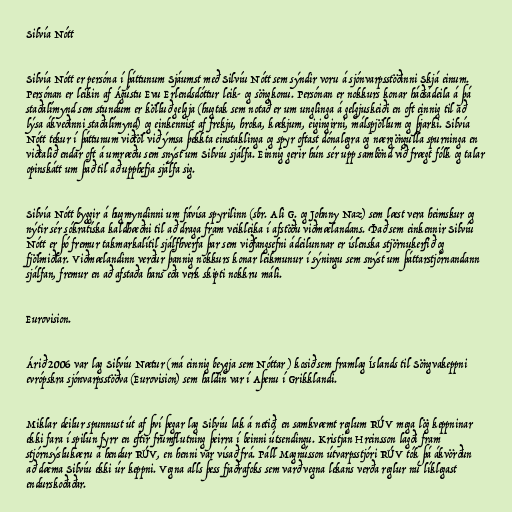
Silvía Nótt

Silvía Nótt er persóna í þáttunum Sjáumst með Silvíu Nótt sem sýndir voru á sjónvarpsstöðinni Skjá einum.
Persónan er leikin af Ágústu Evu Erlendsdóttur leik- og söngkonu. Persónan er nokkurs konar háðsádeila á þá
staðalímynd sem stundum er kölluð gelgja (hugtak sem notað er um unglinga á gelgjuskeiði en oft einnig til að
lýsa ákveðinni staðalímynd) og einkennist af frekju, hroka, kækjum, eigingirni, málspjöllum og þjarki. Silvía
Nótt tekur í þáttunum viðtöl við ýmsa þekkta einstaklinga og spyr oftast dónalegra og nærgöngulla spurninga en
viðtalið endar oft á umræðu sem snýst um Silvíu sjálfa. Einnig gerir hún sér upp sambönd við frægt fólk og talar
opinskátt um það til að upphefja sjálfa sig.

Silvía Nótt byggir á hugmyndinni um fávísa spyrilinn (sbr. Ali G. og Johnny Naz) sem læst vera heimskur og
nýtir sér sókratíska kaldhæðni til að draga fram veikleika í afstöðu viðmælandans. Það sem einkennir Silvíu
Nótt er þó fremur takmarkalítil sjálfhverfa þar sem viðfangsefni ádeilunnar er íslenska stjörnukerfið og
fjölmiðlar. Viðmælandinn verður þannig nokkurs konar leikmunur í sýningu sem snýst um þáttarstjórnandann
sjálfan, fremur en að afstaða hans eða verk skipti nokkru máli.

Eurovision.

Árið 2006 var lag Silvíu Nætur (má einnig beygja sem Nóttar ) kosið sem framlag Íslands til Söngvakeppni
evrópskra sjónvarpsstöðva (Eurovision) sem haldin var í Aþenu í Grikklandi.

Miklar deilur spunnust út af því þegar lag Silvíu lak á netið, en samkvæmt reglum RÚV mega lög keppninar
ekki fara í spilun fyrr en eftir frumflutning þeirra í beinni útsendingu. Kristján Hreinsson lagði fram
stjórnsýslukæru á hendur RÚV, en henni var vísað frá. Páll Magnússon útvarpsstjóri RÚV tók þá ákvörðun
að dæma Silvíu ekki úr keppni. Vegna alls þess fjaðrafoks sem varð vegna lekans verða reglur nú líklegast
endurskoðaðar.